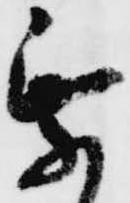
乗